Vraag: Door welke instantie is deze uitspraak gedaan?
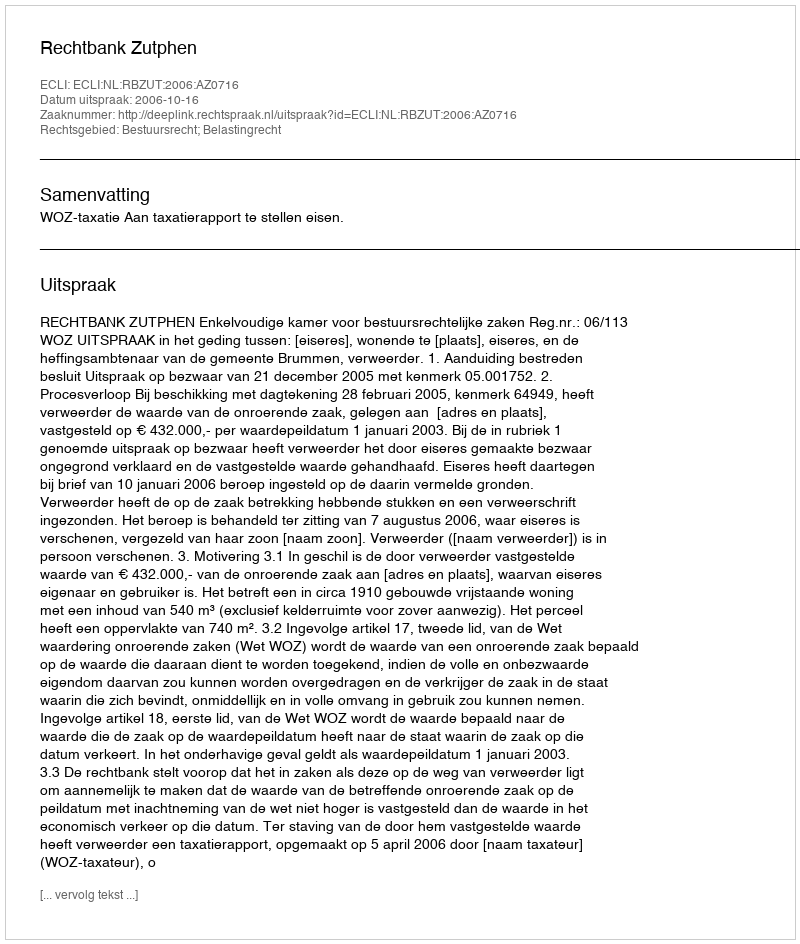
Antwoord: Rechtbank Zutphen